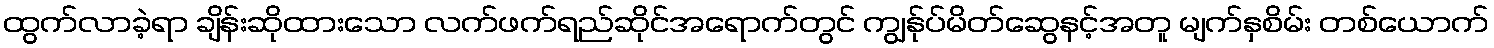
ထွက်လာခဲ့ရာ ချိန်းဆိုထားသော လက်ဖက်ရည်ဆိုင်အရောက်တွင် ကျွန်ုပ်မိတ်ဆွေနင့်အတူ မျက်နှစိမ်း တစ်ယောက်